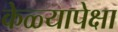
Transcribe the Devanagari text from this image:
केळ्यापेक्षा